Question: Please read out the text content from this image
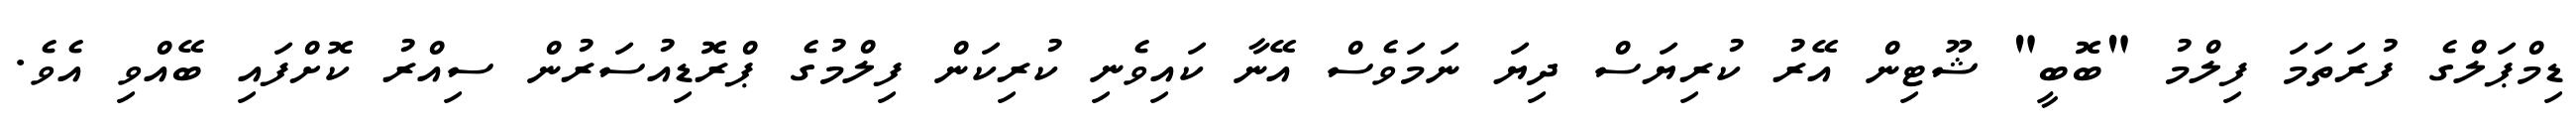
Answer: ޑިމްޕަލްގެ ފުރަތަމަ ފިލްމު "ބޮބީ" ޝޫޓިން އޭރު ކުރިޔަސް ދިޔަ ނަމަވެސް އޭނާ ކައިވެނި ކުރިކަން ފިލްމުގެ ޕްރޮޑިއުސަރުން ސިއްރު ކޮށްފައި ބޭއްވި އެވެ.